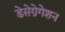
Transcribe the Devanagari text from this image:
डेसेग्रेगेशन